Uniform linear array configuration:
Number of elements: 24
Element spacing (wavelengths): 0.75
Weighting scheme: blackman
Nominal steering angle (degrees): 15
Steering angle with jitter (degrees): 16.728
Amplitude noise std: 0.05
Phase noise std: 0.05

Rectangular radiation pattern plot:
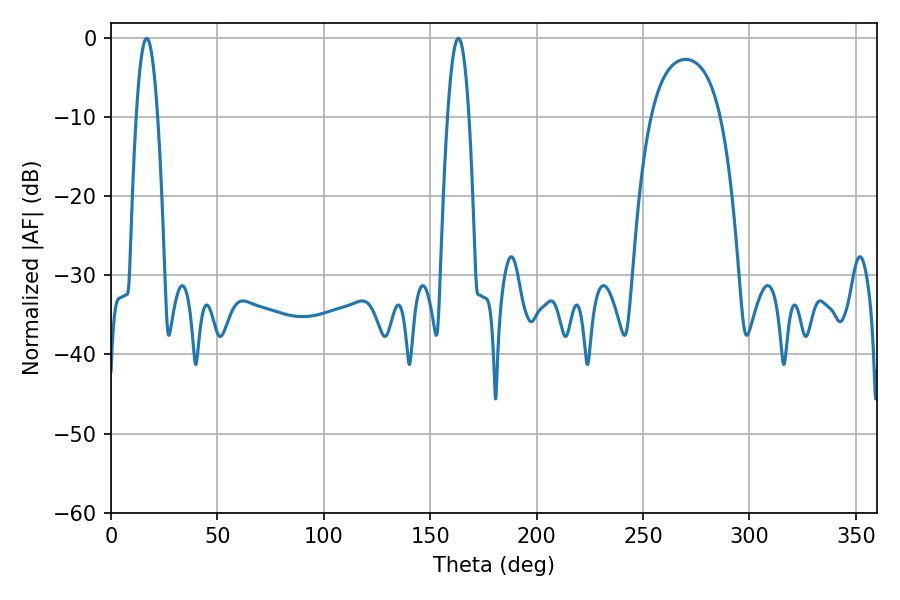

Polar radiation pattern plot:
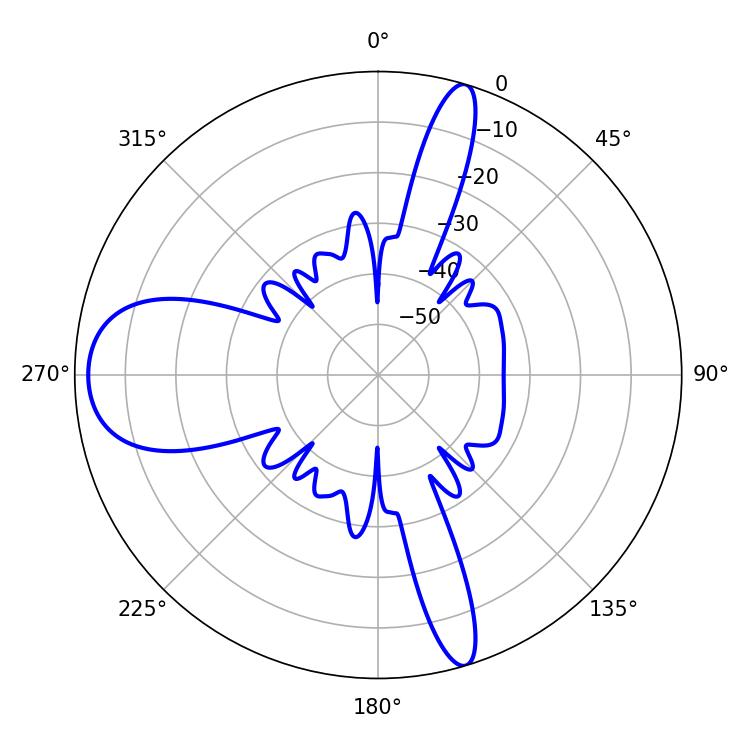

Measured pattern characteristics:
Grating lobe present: TRUE
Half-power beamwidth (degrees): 5.58
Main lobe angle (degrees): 16.74